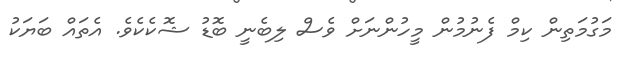
މަގުމަތިން ކިމް ފެނުމުން މީހުންނަށް ވެސް ލިބެނީ ބޮޑު ޝޮކެކެވެ. އެތައް ބަޔަކު